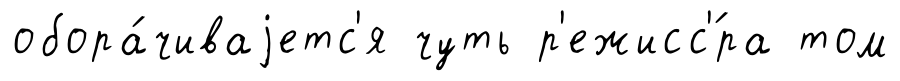
обора́чиваjетс'я чуть р'ежисс'́ра том